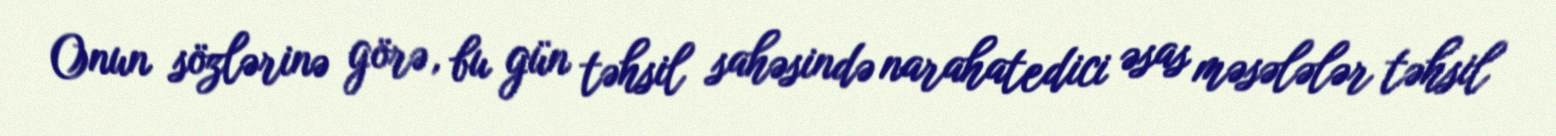
Onun sözlərinə görə, bu gün təhsil sahəsində narahatedici əsas məsələlər təhsil